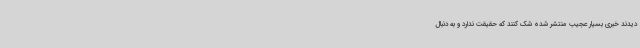
دیدند خبری بسیار عجیب منتشر شده شک کنند که حقیقت ندارد و به دنبال